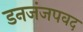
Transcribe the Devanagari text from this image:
डनजंजपवद